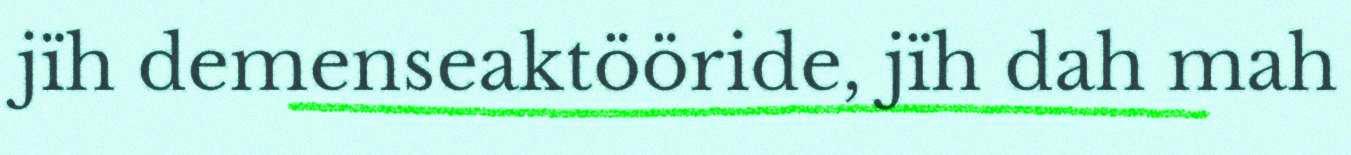
jïh demenseaktööride, jïh dah mah